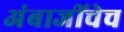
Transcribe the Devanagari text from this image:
अंबाजींचेच